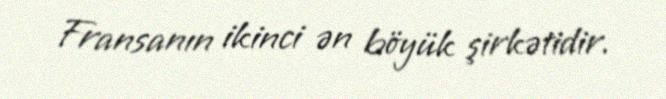
Fransanın ikinci ən böyük şirkətidir.